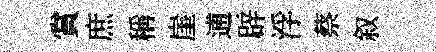
賞庶稱崖逋辟浮蔡叙